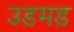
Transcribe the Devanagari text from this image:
उड़मड़